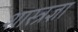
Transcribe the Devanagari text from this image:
शास्त्रज्ञा